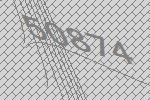
50874